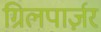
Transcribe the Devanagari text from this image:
ग्रिलपार्ज़र